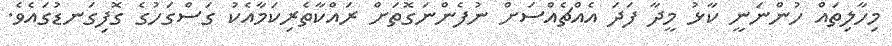
މިހާލިތައް ހުންނަނީ ކާޅު މީދާ ފަދަ އެއްޗެއްސަށް ނުފެންނަގޮތަށް ރައްކާތެރިކަމާއެކު ގަސްގަހުގެ ގޮފިގަނޑުގައެވެ.